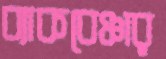
ব্যাকবেঞ্চার